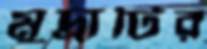
মুদ্রাটির